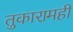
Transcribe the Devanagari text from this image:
तुकारामही